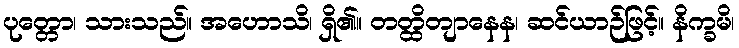
ပုတ္တော၊ သားသည်။ အဟောသိ၊ ရှိ၏။ တတ္ထိတျာနေန၊ ဆင်ယာဉ်ဖြင့်။ နိက္ခမိ၊